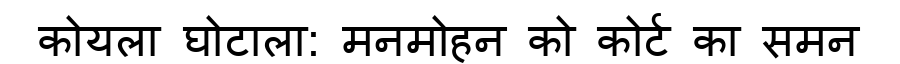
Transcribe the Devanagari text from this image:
कोयला घोटाला: मनमोहन को कोर्ट का समन